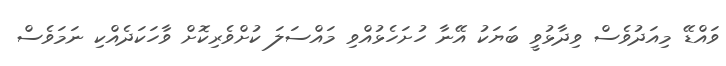
ވައްޑޭ މިއަދުވެސް ވިދާޅުވީ ބަޔަކު އޭނާ ހުށަހެޅުއްވި މައްސަލަ ކުށްވެރިކޮށް ވާހަކަދެއްކި ނަމަވެސް